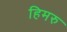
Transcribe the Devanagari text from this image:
हिमरु